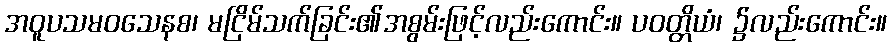
အဝူပသမဝသေနစ၊ မငြိမ်သက်ခြင်း၏အစွမ်းဖြင့်လည်းကောင်း။ ပဝတ္တိယံ၊ ၌လည်းကောင်း။